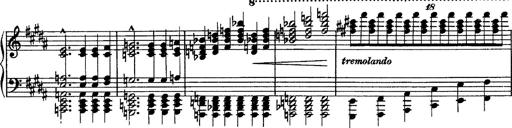
Title: Piano Sonata
Composer: Karl HÃ¤ssler
Key: C major